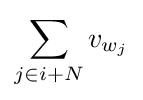
\sum _{j\in i+N}v_{w_{j}}